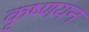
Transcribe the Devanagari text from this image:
कृष्णयन